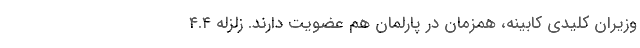
وزیران کلیدی کابینه، همزمان در پارلمان هم عضویت دارند. زلزله ۴.۴